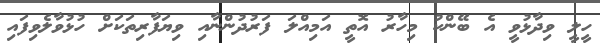
ހީލީ ވިދާޅުވީ އެ ބޭންކު މިހާރު އޮތީ އަމިއްލަ ފަރުދުންނާއި ވިޔަފާރިތަކަށް ހުޅުވާލެވިފައި